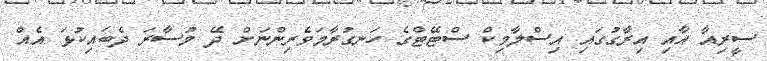
ސީރިއާ އާއި އިރާގުގައި އިސްލާމިކް ސްޓޭޓްގެ ހަނގުރާމަވެރިންނަށް ދޭ މުސާރަ ދެބައިކުޅަ އެއް